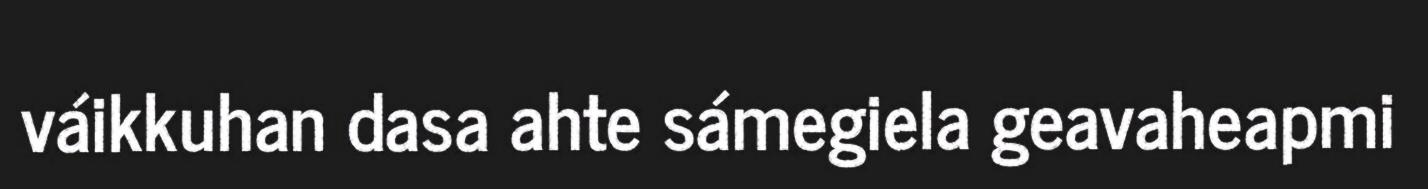
váikkuhan dasa ahte sámegiela geavaheapmi